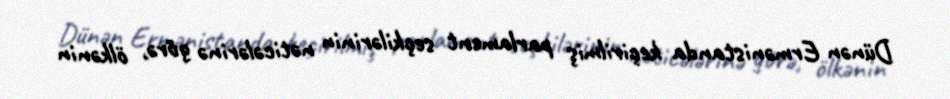
Dünən Ermənistanda keçirilmiş parlament seçkilərinin nəticələrinə görə, ölkənin